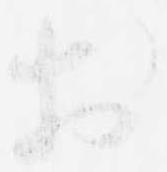
於